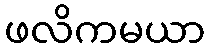
ဖလိကမယာ